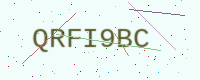
Text: QRFI9BC